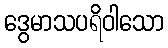
ဒွေမာသပရိဝါသော